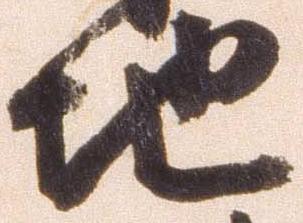
地